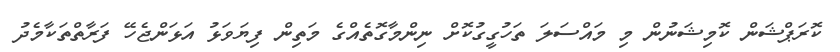
ކޮރަޕްޝަން ކޮމިޝަނުން މި މައްސަލަ ތަހުގީގުކޮށް ނިންމާގޮތެއްގެ މަތިން ފިޔަވަޅު އަޅަންޖެހޭ ފަރާތްތަކާމެދު